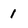
Character: 1